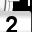
Digit: 2